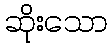
ဆိုးသော